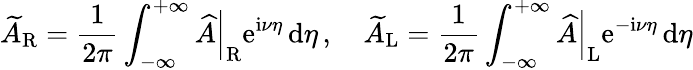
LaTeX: \widetilde{A}_{\mathrm{R}}=\frac{1}{2\pi}\int_{-\infty}^{+\infty}\left.\widehat{A}\right|_{\mathrm{R}}\mathrm{e}^{\mathrm{i}\nu\eta}\, \mathrm{d}\eta\, ,\quad\widetilde{A}_{\mathrm{L}}=\frac{1}{2\pi}\int_{-\infty}^{+\infty}\left.\widehat{A}\right|_{\mathrm{L}}\mathrm{e}^{-\mathrm{i}\nu\eta}\, \mathrm{d}\eta